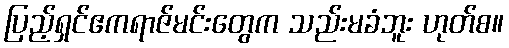
ပြည့်ရှင်ဧကရာဇ်မင်းတွေက သည်းမခံဘူး ဟုတ်စ။